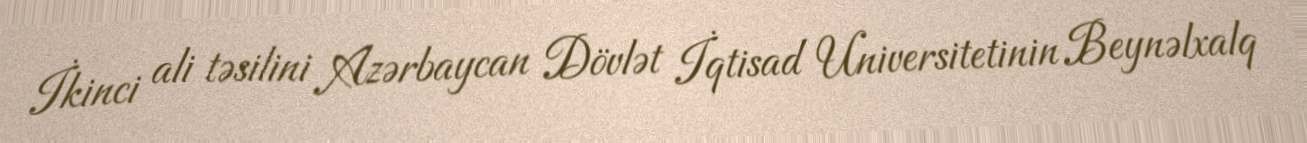
İkinci ali təsilini Azərbaycan Dövlət İqtisad Universitetinin Beynəlxalq